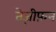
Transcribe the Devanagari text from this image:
तेज़ीफ़न